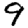
Digit: 9